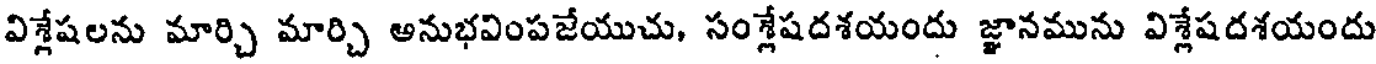
విశ్లేషలను మార్చి మార్చి అనుభవింపజేయుచు, సంశ్లేషదశయందు జ్ఞానమును విశ్లేషదశయందు